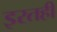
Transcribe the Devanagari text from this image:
इरतही